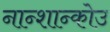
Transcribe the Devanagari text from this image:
नान्शान्कोउ